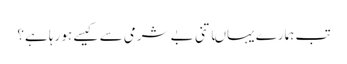
تب ہمارے یہاںاتنی بے شرمی سے کیسے ہو رہا ہے؟